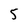
Character: 5